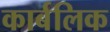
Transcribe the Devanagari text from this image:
कार्बलिक